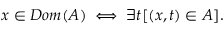
x \in D o m ( A ) \iff \exists t [ ( x , t ) \in A ] .